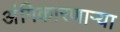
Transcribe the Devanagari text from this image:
अंगिकारणाऱ्या